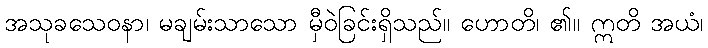
အသုခသေဝနာ၊ မချမ်းသာသော မှီဝဲခြင်းရှိသည်။ ဟောတိ၊ ၏။ ဣတိ အယံ၊